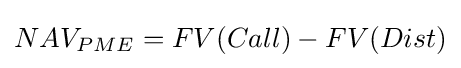
NAV_{PME}=FV(Call)-FV(Dist)